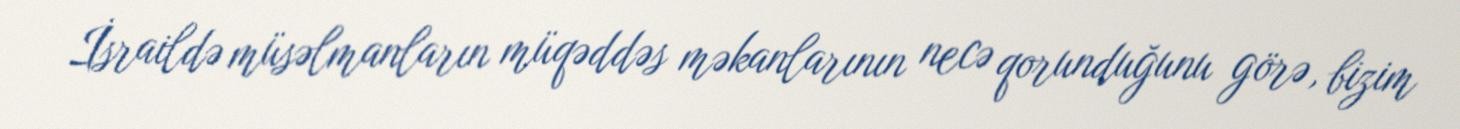
İsraildə müsəlmanların müqəddəs məkanlarının necə qorunduğunu görə, bizim